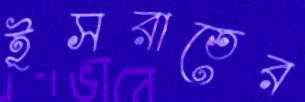
ইসরাতের